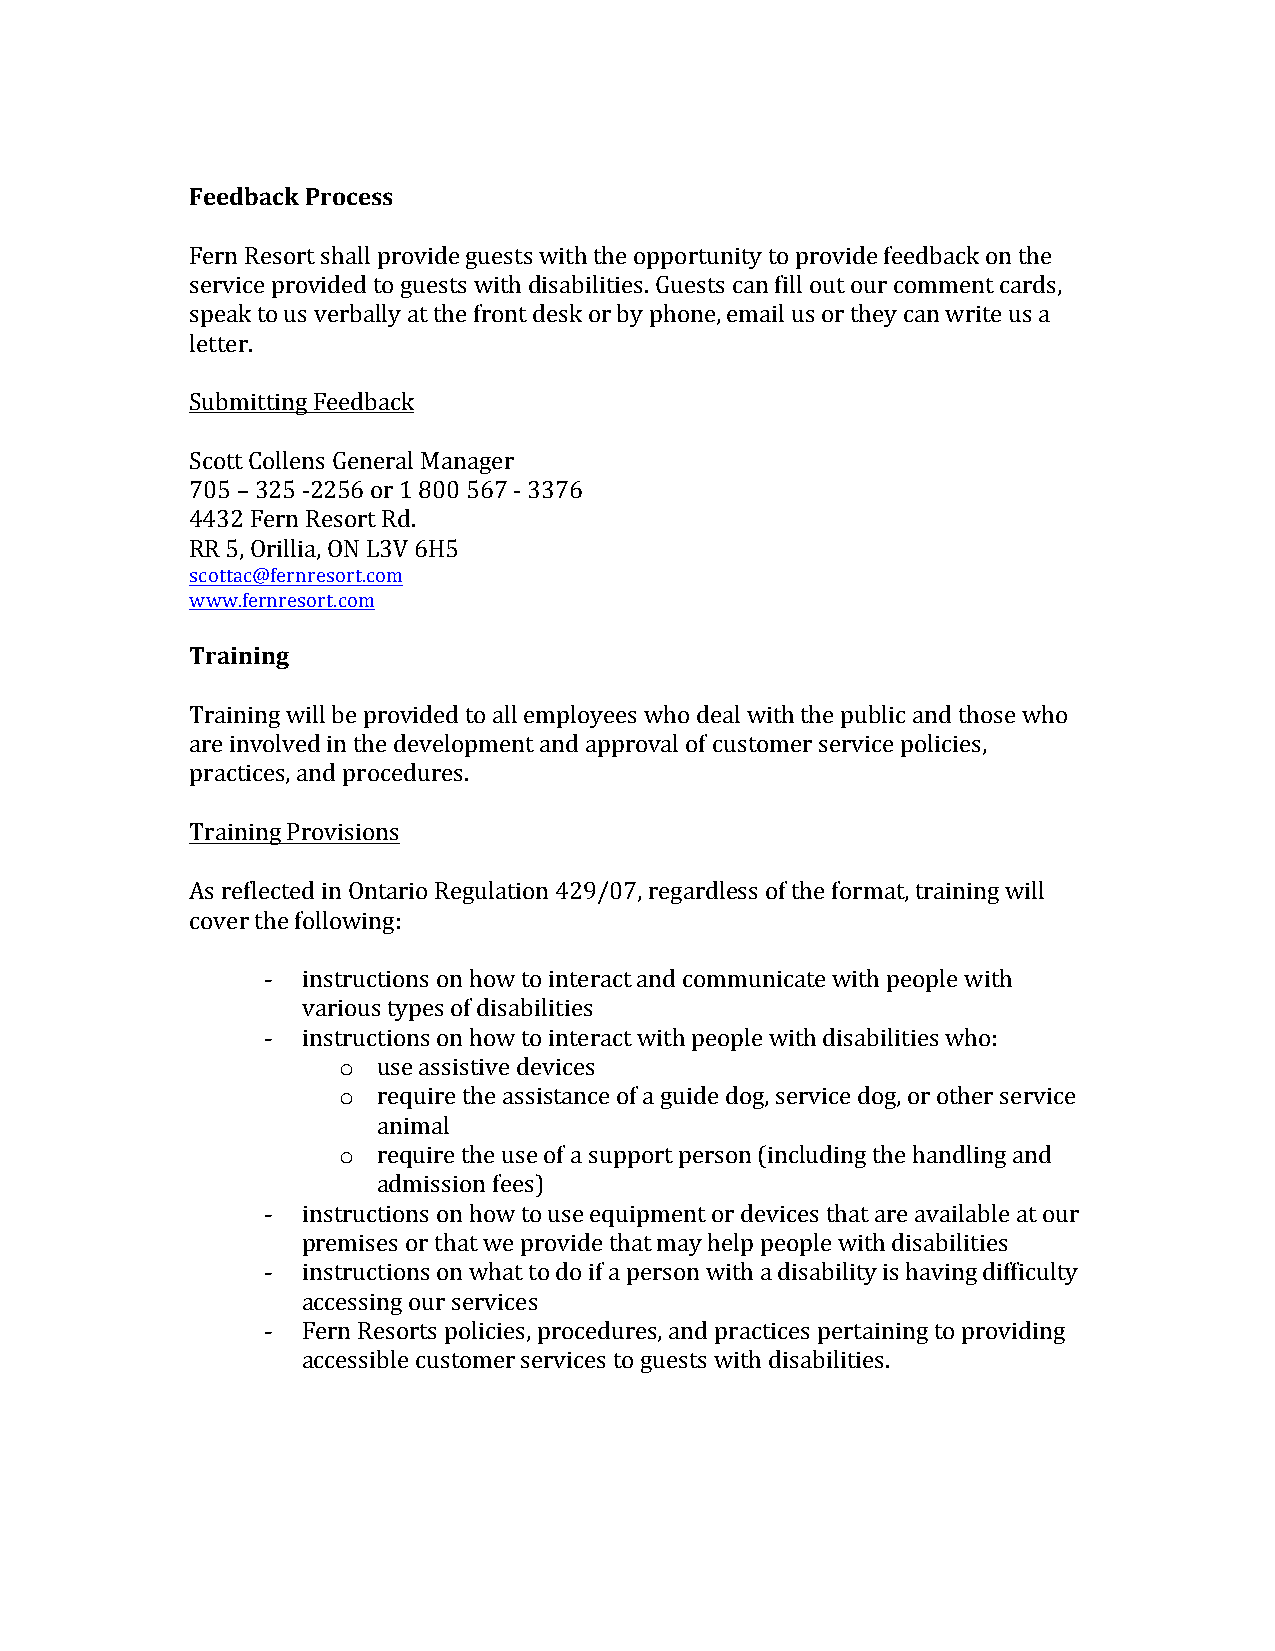
Feedback Process
 Fern Resort shall provide guests with the opportunity to provide feedback on the
 service provided to guests with disabilities. Guests can fill out our comment cards,
 speak to us verbally at the front desk or by phone, email us or they can write us a
 letter.
 Submitting Feedback
 Scott Collens General Manager
 705 – 325 -2256 or 1 800 567 - 3376
 4432 Fern Resort Rd.
 RR 5, Orillia, ON L3V 6H5
 scottac@fernresort.com
 www.fernresort.com
 Training
 Training will be provided to all employees who deal with the public and those who
 are involved in the development and approval of customer service policies,
 practices, and procedures.
 Training Provisions
 As reflected in Ontario Regulation 429/07, regardless of the format, training will
 cover the following:
 - instructions on how to interact and communicate with people with
 various types of disabilities
 - instructions on how to interact with people with disabilities who:
 o  use assistive devices
 o  require the assistance of a guide dog, service dog, or other service
 animal
 o  require the use of a support person (including the handling and
 admission fees)
 - instructions on how to use equipment or devices that are available at our
 premises or that we provide that may help people with disabilities
 - instructions on what to do if a person with a disability is having difficulty
 accessing our services
 - Fern Resorts policies, procedures, and practices pertaining to providing
 accessible customer services to guests with disabilities.